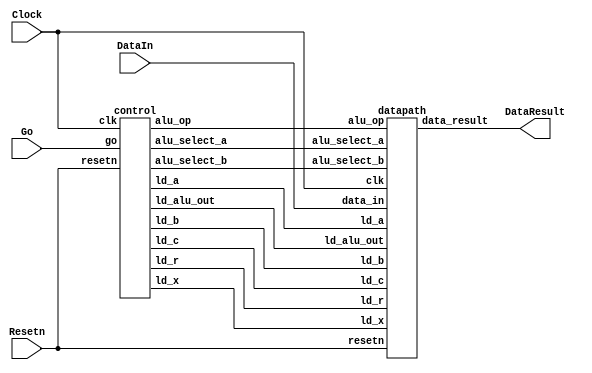
// DataIn - input data port
// Resetn - synchronous reset
// Go signal starts things
// DataResult - register at output of ALU

module part2(Clock, Resetn, Go, DataIn, DataResult);
    input Clock;
    input Resetn;
    input Go;
    input [7:0] DataIn;
    output [7:0] DataResult;

    // lots of wires to connect our datapath and control
    wire ld_a, ld_b, ld_c, ld_x, ld_r;
    wire ld_alu_out;
    wire [1:0]  alu_select_a, alu_select_b;
    wire alu_op;

    control C0(
        .clk(Clock),
        .resetn(Resetn),
        
        .go(Go),
        
        .ld_alu_out(ld_alu_out), 
        .ld_x(ld_x),
        .ld_a(ld_a),
        .ld_b(ld_b),
        .ld_c(ld_c), 
        .ld_r(ld_r), 
        
        .alu_select_a(alu_select_a),
        .alu_select_b(alu_select_b),
        .alu_op(alu_op)
    );

    datapath D0(
        .clk(Clock),
        .resetn(Resetn),

        .ld_alu_out(ld_alu_out), 
        .ld_x(ld_x),
        .ld_a(ld_a),
        .ld_b(ld_b),
        .ld_c(ld_c), 
        .ld_r(ld_r), 

        .alu_select_a(alu_select_a),
        .alu_select_b(alu_select_b),
        .alu_op(alu_op),

        .data_in(DataIn),
        .data_result(DataResult)
    );
                
 endmodule             
                

module control(
    input clk,
    input resetn,
    input go,

    output reg  ld_a, ld_b, ld_c, ld_x, ld_r,
    output reg  ld_alu_out,
    output reg [1:0]  alu_select_a, alu_select_b,
    output reg alu_op
    );

    reg [5:0] current_state, next_state; 
    
    localparam  S_LOAD_A        = 5'd0,
                S_LOAD_A_WAIT   = 5'd1,
                S_LOAD_B        = 5'd2,
                S_LOAD_B_WAIT   = 5'd3,
                S_LOAD_C        = 5'd4,
                S_LOAD_C_WAIT   = 5'd5,
                S_LOAD_X        = 5'd6,
                S_LOAD_X_WAIT   = 5'd7,
                S_CYCLE_0       = 5'd8,
                S_CYCLE_1       = 5'd9,
                S_CYCLE_2       = 5'd10,
                S_CYCLE_3       = 5'd11,
                S_CYCLE_4       = 5'd12;
    
    // Next state logic aka our state table
    always@(*)
    begin: state_table 
            case (current_state)
                S_LOAD_A: next_state = go ? S_LOAD_A_WAIT : S_LOAD_A; // Loop in current state until value is input
                S_LOAD_A_WAIT: next_state = go ? S_LOAD_A_WAIT : S_LOAD_B; // Loop in current state until go signal goes low
                S_LOAD_B: next_state = go ? S_LOAD_B_WAIT : S_LOAD_B; // Loop in current state until value is input
                S_LOAD_B_WAIT: next_state = go ? S_LOAD_B_WAIT : S_LOAD_C; // Loop in current state until go signal goes low
                S_LOAD_C: next_state = go ? S_LOAD_C_WAIT : S_LOAD_C; // Loop in current state until value is input
                S_LOAD_C_WAIT: next_state = go ? S_LOAD_C_WAIT : S_LOAD_X; // Loop in current state until go signal goes low
                S_LOAD_X: next_state = go ? S_LOAD_X_WAIT : S_LOAD_X; // Loop in current state until value is input
                S_LOAD_X_WAIT: next_state = go ? S_LOAD_X_WAIT : S_CYCLE_0; // Loop in current state until go signal goes low
                S_CYCLE_0: next_state = S_CYCLE_1;
                S_CYCLE_1: next_state = S_CYCLE_2;
                S_CYCLE_2: next_state = S_CYCLE_3;
                S_CYCLE_3: next_state = S_CYCLE_4;

                S_CYCLE_4: next_state = S_LOAD_A; // we will be done our two operations, start over after
            default:     next_state = S_LOAD_A;
        endcase
    end // state_table
   

    // Output logic aka all of our datapath control signals
    always @(*)
    begin: enable_signals
        // By default make all our signals 0
        ld_alu_out = 1'b0;
        ld_a = 1'b0;
        ld_b = 1'b0;
        ld_c = 1'b0;
        ld_x = 1'b0;
        ld_r = 1'b0;
        alu_select_a = 2'b0;
        alu_select_b = 2'b0;
        alu_op       = 1'b0;

        case (current_state)
            S_LOAD_A: begin
                ld_a = 1'b1;
                end
            S_LOAD_B: begin
                ld_b = 1'b1;
                end
            S_LOAD_C: begin
                ld_c = 1'b1;
                end
            S_LOAD_X: begin
                ld_x = 1'b1;
                end
            S_CYCLE_0: begin // Do A <- A * x
                ld_alu_out = 1'b1; ld_a = 1'b1; // store result back into A
                alu_select_a = 2'b00; // Select register A
                alu_select_b = 2'b11; // select register x
                alu_op = 1'b1; // Do multiply operation
            end
            S_CYCLE_1:begin // Do A <- A*x *x 
                ld_alu_out = 1'b1; ld_a = 1'b1; // store result back into A
                alu_select_a = 2'b00; // select register A
                alu_select_b = 2'b11; // select register x
                alu_op = 1'b1; // multiply
            end
            S_CYCLE_2:begin // Do B <- B*x
                ld_alu_out = 1'b1; ld_b = 1'b1 ; // store result back into B
                alu_select_b = 2'b11; // select register x
                alu_select_a = 2'b01; // select register B
                alu_op = 1'b1; // multiply
            end
            S_CYCLE_3:begin // do A <- A*x*x + B*x
                ld_alu_out = 1'b1; ld_a = 1'b1; // load result into A
                alu_select_a = 2'b00; // select register A(storing A*x*x)
                alu_select_b = 2'b1; // select register B(storing B*x)
                alu_op = 1'b0; // addition
            end
            S_CYCLE_4: begin
                ld_r = 1'b1; // store result in result register
                alu_select_a = 2'b00; // Select register A
                alu_select_b = 2'b10; // Select register C
                alu_op = 1'b0; // Do Add operation
            end
        // default:    // don't need default since we already made sure all of our outputs were assigned a value at the start of the always block
        endcase
    end // enable_signals
   
    // current_state registers
    always@(posedge clk)
    begin: state_FFs
        if(!resetn)
            current_state <= S_LOAD_A;
        else
            current_state <= next_state;
    end // state_FFS
endmodule

module datapath(
    input clk,
    input resetn,
    input [7:0] data_in,
    input ld_alu_out, 
    input ld_x, ld_a, ld_b, ld_c,
    input ld_r,
    input alu_op, 
    input [1:0] alu_select_a, alu_select_b,
    output reg [7:0] data_result
    );
    
    // input registers
    reg [7:0] a, b, c, x;

    // output of the alu
    reg [7:0] alu_out;
    // alu input muxes
    reg [7:0] alu_a, alu_b;
    
    // Registers a, b, c, x with respective input logic
    always@(posedge clk) begin
        if(!resetn) begin
            a <= 8'b0; 
            b <= 8'b0; 
            c <= 8'b0; 
            x <= 8'b0; 
        end
        else begin
            if(ld_a)
                a <= ld_alu_out ? alu_out : data_in; // load alu_out if load_alu_out signal is high, otherwise load from data_in
            if(ld_b)
                b <= ld_alu_out ? alu_out : data_in; // load alu_out if load_alu_out signal is high, otherwise load from data_in
            if(ld_x)
                x <= data_in;

            if(ld_c)
                c <= data_in;
        end
    end
 
    // Output result register
    always@(posedge clk) begin
        if(!resetn) begin
            data_result <= 8'b0; 
        end
        else 
            if(ld_r)
                data_result <= alu_out;
    end

    // The ALU input multiplexers
    always @(*)
    begin
        case (alu_select_a)
            2'd0:
                alu_a = a;
            2'd1:
                alu_a = b;
            2'd2:
                alu_a = c;
            2'd3:
                alu_a = x;
            default: alu_a = 8'b0;
        endcase

        case (alu_select_b)
            2'd0:
                alu_b = a;
            2'd1:
                alu_b = b;
            2'd2:
                alu_b = c;
            2'd3:
                alu_b = x;
            default: alu_b = 8'b0;
        endcase
    end

    // The ALU 
    always @(*)
    begin : ALU
        // alu
        case (alu_op)
            0: begin
                   alu_out = alu_a + alu_b; //performs addition
               end
            1: begin
                   alu_out = alu_a * alu_b; //performs multiplication
               end
            default: alu_out = 8'b0;
        endcase
    end
    
endmodule